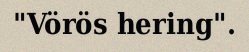
"Vörös hering".